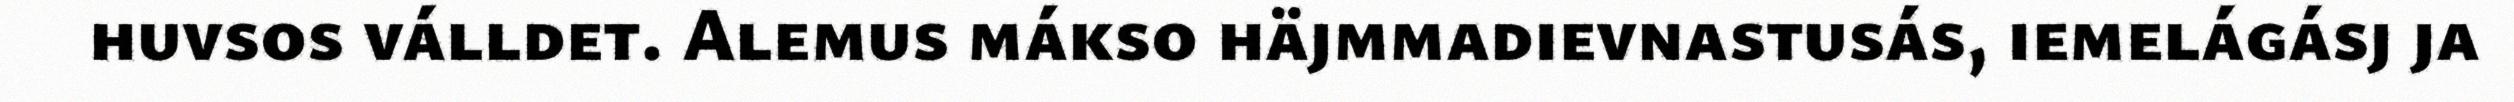
huvsos válldet. Alemus mákso häjmmadievnastusás, iemelágásj ja